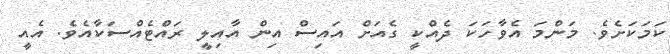
ކަމަކަށެވެ. މަންމަ އެވާހަކަ ދެއްކީ ގެއަށް އައިސް އިން އާއިލީ ރައްޓެއްސަކާއެވެ. އެއީ